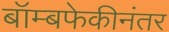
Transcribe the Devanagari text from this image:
बॉम्बफेकीनंतर